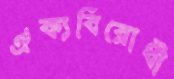
ঐক্যবিরোধী